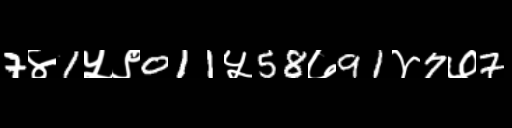
Text: 7४1५९011५58७91४7७7